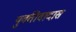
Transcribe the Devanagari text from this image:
युक्तीवादास